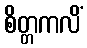
စိတ္တကလိံ